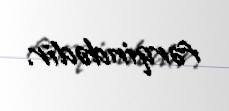
fərqindədir.